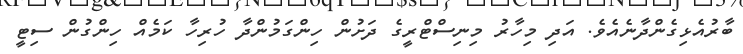
ބާރުއެޅިގެންދާނެއެވެ. އަދި މިހާރު މިނިސްޓްރީގެ ދަށުން ހިންގަމުންދާ ހުރިހާ ކަމެއް ހިންގުން ސިޓީ